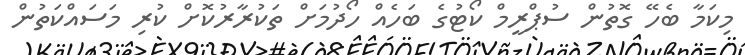
މިކަމާ ބެހޭ ގޮތުން ސުޕްރީމް ކޯޓުގެ ބަހެއް ހޯދުމަށް ތަކުރާރުކޮށް ކުރި މަސައްކަތުން